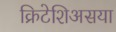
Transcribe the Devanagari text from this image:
क्रिटेशिअसया